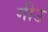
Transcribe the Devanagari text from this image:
गीउ